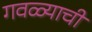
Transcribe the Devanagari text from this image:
गवळ्याची